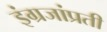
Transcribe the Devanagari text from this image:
इंग्रजांप्रती